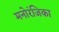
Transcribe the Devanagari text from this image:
मनोरंजिका